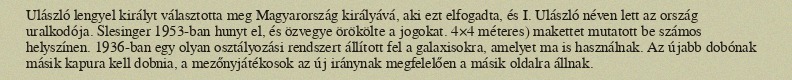
Ulászló lengyel királyt választotta meg Magyarország királyává, aki ezt elfogadta, és I. Ulászló néven lett az ország uralkodója. Slesinger 1953-ban hunyt el, és özvegye örökölte a jogokat. 4×4 méteres) makettet mutatott be számos helyszínen. 1936-ban egy olyan osztályozási rendszert állított fel a galaxisokra, amelyet ma is használnak. Az újabb dobónak másik kapura kell dobnia, a mezőnyjátékosok az új iránynak megfelelően a másik oldalra állnak.